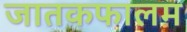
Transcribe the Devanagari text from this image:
जातकफालम